Reports on military cantonments and civil stations in the Presidency of Bombay inspected by the Sanitary Commissioner in the years 1875 and 1876
Year: 1875
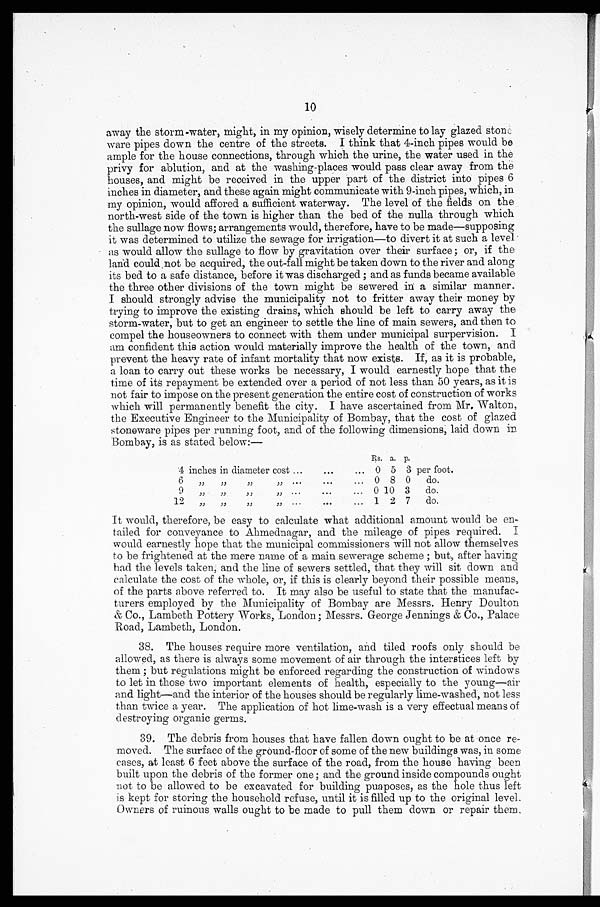
10
away the storm-water, might, in my opinion, wisely determine to lay glazed stone
ware pipes down the centre of the streets. I think that 4-inch pipes would be
ample for the house connections, through which the urine, the water used in the
privy for ablution, and at the washing-places would pass clear away from the
houses, and might be received in the upper part of the district into pipes 6
inches in diameter, and these again might communicate with 9-inch pipes, which, in
my opinion, would affored a sufficient waterway. The level of the fields on the
north-west side of the town is higher than the bed of the nulla through which
the sullage now flows; arrangements would, therefore, have to be made—supposing
it was determined to utilize the sewage for irrigation—to divert it at such a level
as would allow the sullage to flow by gravitation over their surface; or, if the
land could not be acquired, the out-fall might be taken down to the river and along
its bed to a safe distance, before it was discharged; and as funds became available
the three other divisions of the town might be sewered in a similar manner.
I should strongly advise the municipality not to fritter away their money by
trying to improve the existing drains, which should be left to carry away the
storm-water, but to get an engineer to settle the line of main sewers, and then to
compel the houseowners to connect with them under municipal surpervision. I
am confident this action would materially improve the health of the town, and
prevent the heavy rate of infant mortality that now exists. If, as it is probable,
a loan to carry out these works be necessary, I would earnestly hope that the
time of its repayment be extended over a period of not less than 50 years, as it is
not fair to impose on the present generation the entire cost of construction of works
which will permanently benefit the city. I have ascertained from Mr. Walton,
the Executive Engineer to the Municipality of Bombay, that the cost of glazed
stoneware pipes per running foot, and of the following dimensions, laid down in
Bombay, is as stated below:—
Rs. a. p.
4 inches in diameter cost . . .
0 5 3 per foot.
6 " " " " . . .
0
8
0
do.
9 " " " " . . .
0 10 3
do.
12 " " " " . . .
1 2 7
do.
It would, therefore, be easy to calculate what additional amount would be en
- t a i l e d f o r c o n v e y a n c e t o A h m e d n a g a r , a n d t h e m i l e a g e o f p i p e s r e q u i r e d . I
would earnestly hope that the municipal commissioners will not allow themselves
to be frightened at the mere name of a main sewerage scheme; but after having
had the levels taken, and the line of sewers settled, that they will sit down and
calculate the cost of the whole, or, if this is clearly beyond their possible means,
of the parts above referred to. It may also be useful to state that the manufac
- t u r e r s e m p l o y e d b y t h e M u n i c i p a l i t y o f B o m b a y a r e M e s s r s . H e n r y D o u l t o n
Co., Lambeth Pottery Works, London; Messrs. George Jennings & Co., Palace
Road, Lambeth, London.
38. The houses require more ventilation, and tiled roofs only should be
allowed, as there is always some movement of air through the interstices left by
them; but regulations might be enforced regarding the construction of windows
to let in those two important elements of health, especially to the young—air
and light—and the interior of the houses should be regularly lime-washed, not less
than twice a year. The application of hot lime-wash is a very effectual means of
destroying organic germs.
39. The debris from houses that have fallen down ought to be at once re
- m o v e d . T h e s u r f a c e o f t h e g r o u n d - f l o o r o f s o m e o f t h e n e w b u i l d i n g s w a s , i n s o m e
cases, at least 6 feet above the surface of the road, from the house having been
built upon the debris of the former one; and the ground inside compounds ought
not to be allowed to be excavated for building puaposes, as the hole thus left
is kept for storing the household refuse, until it is filled up to the original level.
Owners of ruinous walls ought to be made to pull them down or repair them.